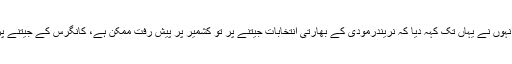
اب تو اُنہوں نے یہاں تک کہہ دیا کہ نریندرمودی کے بھارتی انتخابات جیتنے پر تو کشمیر پر پیش رفت ممکن ہے، کانگرس کے جیتنے پر نہیں۔